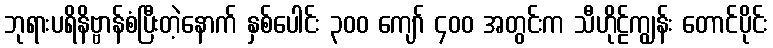
ဘုရားပရိနိဗ္ဗာန်စံပြီးတဲ့နောက် နှစ်ပေါင်း ၃၀၀ ကျော် ၄၀၀ အတွင်းက သီဟိုဠ်ကျွန်း တောင်ပိုင်း